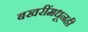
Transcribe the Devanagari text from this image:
बखरींमधूनही